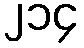
၂၁၄